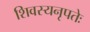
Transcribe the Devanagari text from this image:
शिवस्यनृपतेः